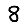
Digit: 8